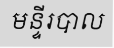
មន្ទីរបាល